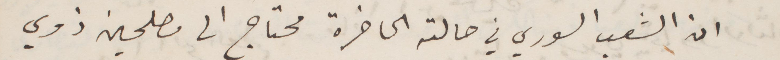
ان الشعب السوري في حالته الحاضرة محتاج الى مصلحين ذوي